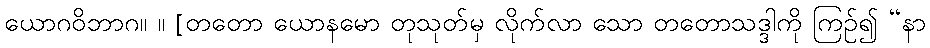
ယောဂဝိဘာဂ။ ။ [တတော ယောနမော တုသုတ်မှ လိုက်လာ သော တတောသဒ္ဒါကို ကြဉ်၍ “နာ